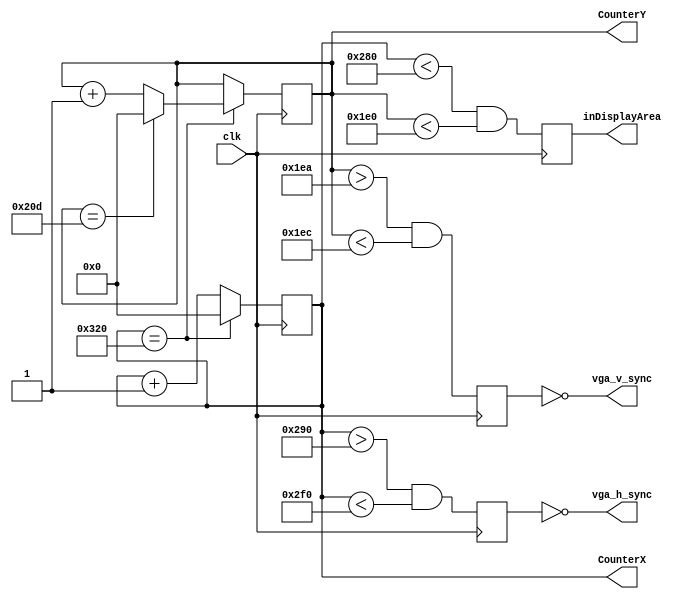
module top(
    input clk,
    output vga_h_sync,
    output vga_v_sync,
    output reg inDisplayArea,
    output reg [9:0] CounterX,
    output reg [9:0] CounterY
  );
    reg vga_HS, vga_VS;

    wire CounterXmaxed = (CounterX == 800); // 16 + 48 + 96 + 640
    wire CounterYmaxed = (CounterY == 525); // 10 + 2 + 33 + 480

    always @(posedge clk)
    if (CounterXmaxed)
      CounterX <= 0;
    else
      CounterX <= CounterX + 1;

    always @(posedge clk)
    begin
      if (CounterXmaxed)
      begin
        if(CounterYmaxed)
          CounterY <= 0;
        else
          CounterY <= CounterY + 1;
      end
    end

    always @(posedge clk)
    begin
      vga_HS <= (CounterX > (640 + 16) && (CounterX < (640 + 16 + 96)));   // active for 96 clocks
      vga_VS <= (CounterY > (480 + 10) && (CounterY < (480 + 10 + 2)));   // active for 2 clocks
    end

    always @(posedge clk)
    begin
        inDisplayArea <= (CounterX < 640) && (CounterY < 480);
    end

    assign vga_h_sync = ~vga_HS;
    assign vga_v_sync = ~vga_VS;

endmodule